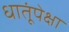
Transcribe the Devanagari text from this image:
धातूंपेक्षा